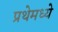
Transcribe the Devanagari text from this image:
प्रथेमध्ये